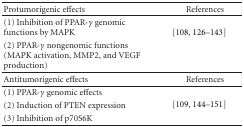
<table><thead><tr><td><b>Protumorigenic effects</b></td><td><b>References</b></td></tr></thead><tbody><tr><td>(1) Inhibition of PPAR-<i>γ</i> genomic functions by MAPK</td><td rowspan="2"> [108, 126–143]</td></tr><tr><td>(2) PPAR-<i>γ</i> nongenomic functions (MAPK activation, MMP2, and VEGF production) </td></tr><tr><td>Antitumorigenic effects</td><td>References</td></tr><tr><td>(1) PPAR-<i>γ</i> genomic effects</td><td rowspan="3"> [109, 144–151]</td></tr><tr><td>(2) Induction of PTEN expression</td></tr><tr><td>(3) Inhibition of p70S6K</td></tr></tbody></table>